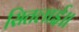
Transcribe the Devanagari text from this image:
सितलाई॥